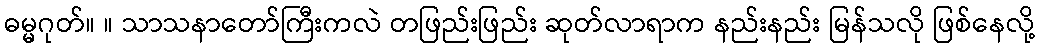
ဓမ္မဂုတ်။ ။ သာသနာတော်ကြီးကလဲ တဖြည်းဖြည်း ဆုတ်လာရာက နည်းနည်း မြန်သလို ဖြစ်နေလို့